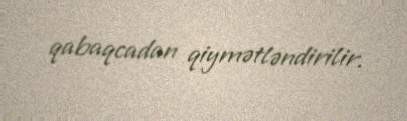
qabaqcadan qiymətləndirilir.